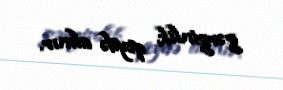
gərginlik qeydə alınır.